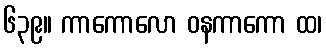
၆၃၉။ ကာကောလော ဝနကာကော ထ၊